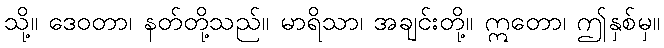
သို့။ ဒေဝတာ၊ နတ်တို့သည်။ မာရိသာ၊ အချင်းတို့။ ဣတော၊ ဤနှစ်မှ။